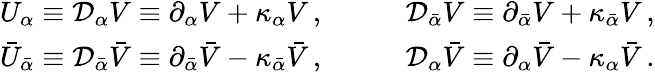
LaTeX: \begin{array}{ll}{{U_{\alpha}\equiv{\cal D}_{\alpha}V\equiv\partial_{\alpha}V+\kappa_{\alpha}V\, ,\qquad}}&{{{\cal D}_{\bar{\alpha}}V\equiv\partial_{\bar{\alpha}}V+\kappa_{\bar{\alpha}}V\, ,}}\\ {{\bar{U}_{\bar{\alpha}}\equiv{\cal D}_{\bar{\alpha}}\bar{V}\equiv\partial_{\bar{\alpha}}\bar{V}-\kappa_{\bar{\alpha}}\bar{V}\, ,\qquad}}&{{{\cal D}_{\alpha}\bar{V}\equiv\partial_{\alpha}\bar{V}-\kappa_{\alpha}\bar{V}\, .}}\end{array}